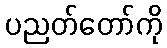
ပညတ်တော်ကို